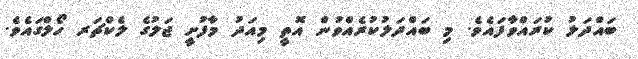
ބައްދަލު ކުރައްވާފައެވެ. މި ބައްދަލުކުރެއްވުން އޮތީ މިއަދު މާފުށީ ޖަލުގެ ލެކްޗަރ ހޯލްގައެވެ.